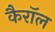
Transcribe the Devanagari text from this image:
कैरॉल